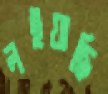
লইয়াছি